Senior Leaving Certificate Examination (including Day School Certificate (Higher) General paper), 1950
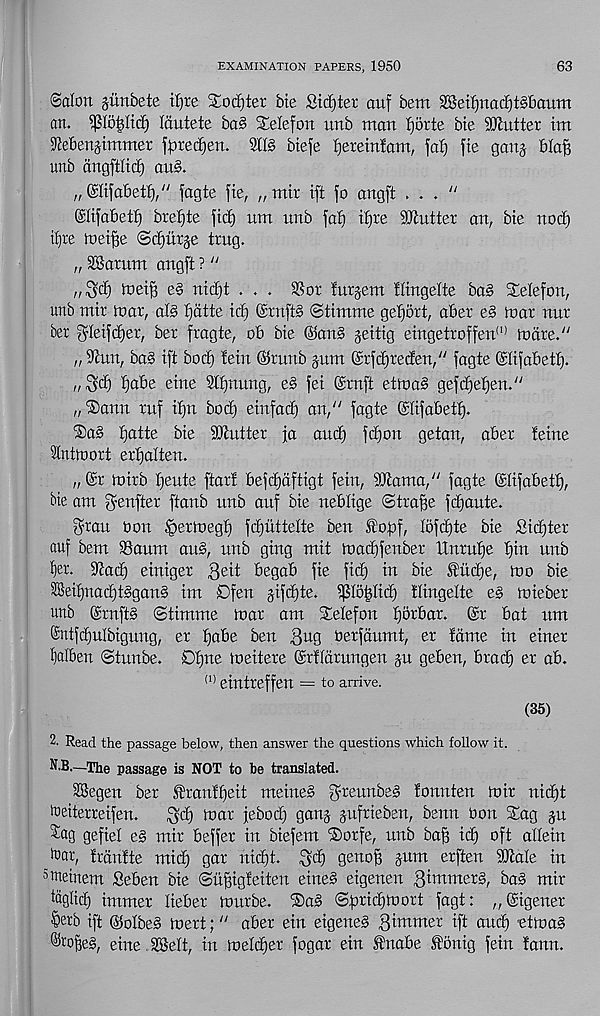
EXAMINATION PAPERS, 1950
63
Salon giinbete tljte Softer bie Sid)ter auf bem SBetl)nacf)t§baum
an. Po^Itd) Idutete ba§ Selefon unb man tjorte bte Gutter im
^ebenjimmer fatedjen.
biefe tjereinlam, fat) fie ganj bta^
unb dngftlid) au§.
„ ©tifabett)/' fagte fie, „mir ift fo angft . . . "
(Slifabett) bref)te fid) um unb fat) itjre Gutter an, bie nod)
it)re mei^e Scourge trug.
„ SSarum angft ? “
„^d) mei§ e§ nid)t . . . $or turgem Itingette ba§ Stetefon,
unb mir mar, at§ tjdtte id) (£rnft§ (Stimme get)5rt, aber e§> mar nur
her ^teifdjer, ber fragte, ob bie ®an§ geitig eingetroffen (1) mare."
„^un, ba§ ift bod) lein ©runb gum (grfdjreden," fagte ©tifabetf).
„^d) t)abe eine Sttjnung, e§> fei (Srnft etma§ gefc^efjen."
„®ann ruf itjn bod) einfad) an," fagte (Stifabett).
®a§ ^atte bie Gutter ja and) fdjon getan, aber leine
tntmort ertjaiten.
„ @r mirb fjeute ftart befdjdftigt fein, 9ttama," fagte ©lifabet^,
bie am $enfter ftanb unb auf bie nebtige (Strafe fd)aute.
f^rau Oon ^ermegf) fdjuttette ben £of)f, Iofd)te bie £id)ter
auf bem Baum au§, unb ging mit mad)fenber Xtnrutje t)in unb
^er. ^ac^ einiger $eit begab fie fid) in bie fudfe, mo bie
3Seit)nad)t§gan§ im S)fen gifdjte. ^to^tid) Hingette e§> mieber
unb (£rnft§ Stimme mar am Setefon fjbrbar. (£r bat um
®ntfd)ulbigung, er f)abe ben 3 U 9 berfdumt, er lame in einer
t)alben <Stunbe. Dtjne meitere ©rltdrungen gu geben, brad) er ab.
(1) eintreffen = to arrive.
(35)
2. Read the passage below, then answer the questions which follow it.
N.B.—The passage is NOT to he translated.
SSegen ber Sfrunlffeit meine§ fyreurtbe^ fonnten mir nicf)t
'ueiterreifen.
mar jebod) gang gufrieben, benn Oon Sag gu
^ag gefiet e§ mir beffer in biefem Sorfe, unb baff ic^ oft attein
^ar, Irdnlte mid) gar nid)t. ^d) genoff gum erften Btate in
3 ineinem Seben bie (Sii^igleiten eine§ eigenen
ba§ mir
%lid) immer tieber murbe. Sa§ ©pridjmort fagt: „ ©igener
§erb ift ©otbe§ mert;" aber ein eigene§ Qixnmex ift and) ttma^
® r o^e§, eine JtSett, in metier fogar ein Sfrtabe fonig fein lann.